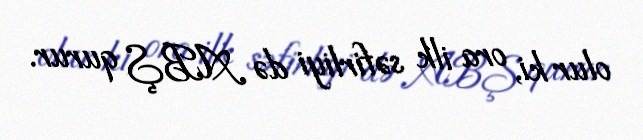
olur ki, ora ilk səfirliyi də ABŞ qurur.